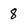
Character: 8